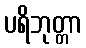
ပရိဘုတ္တာ